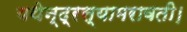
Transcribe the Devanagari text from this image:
यथेन्‍द्रस्‍यामरावती।